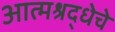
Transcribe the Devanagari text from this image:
आत्मश्रद्धेचे